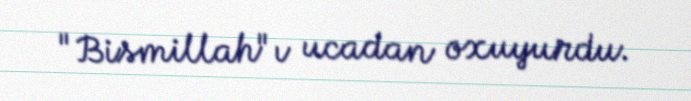
"Bismillah"ı ucadan oxuyurdu.